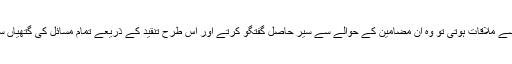
جب ان سے ملاقات ہوتی تو وہ ان مضامین کے حوالے سے سیر حاصل گفتگو کرتے اور اس طرح تنقید کے ذریعے تمام مسائل کی گتھیاں سلجھاتے۔